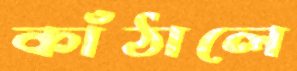
কাঁঠালে